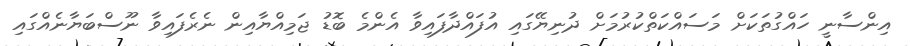
އިންސާނީ ހައްގުތަކަށް މަސައްކަތްކުރުމަށް ދުނިޔޭގައި އުފައްދާފައިވާ އެންމެ ބޮޑު ޖަމިއްޔާއިން ނެރެފައިވާ ނޫސްބަޔާނެއްގައި